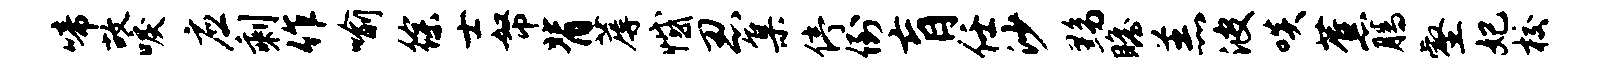
啼故唳应剩作喻徐士帑背蓐憾忍集停倒肓任沙黝瞻羔波啖蕉腾壑妃校